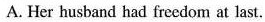
A. Her husband had freedom at last.